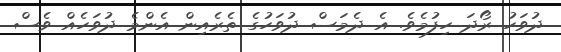
ދުވަހު ރޯދަ ހިފުމެވެ. އެ ދެމަސް ދުވަހުގެ ތެރެއިން އެންމެ ދުވަހެއް ވެސް